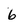
Character: 6